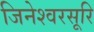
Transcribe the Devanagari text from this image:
जिनेश्वरसूरि